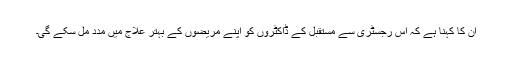
ان کا کہنا ہے کہ اس رجسٹری سے مستقبل کے ڈاکٹروں کو اپنے مریضوں کے بہتر علاج میں مدد مل سکے گی۔